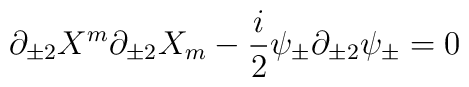
\partial_{\pm2}X^m\partial_{\pm2}X_m-\frac{i}{2}\psi_{\pm}\partial_{\pm2}\psi_{\pm}=0